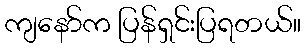
ကျနော်က ပြန်ရှင်းပြရတယ်။